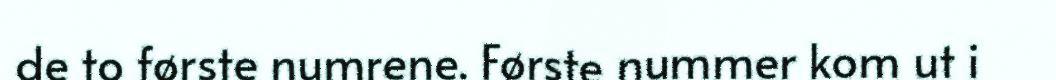
de to første numrene. Første nummer kom ut i